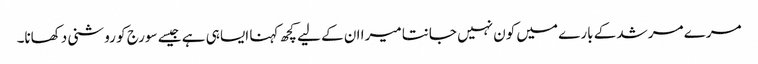
مرے مرشد کے بارے میں کون نہیں جانتا میرا ان کے لیے کچھ کہنا ایسا ہی ہے جیسے سورج کو روشنی دکھانا۔